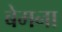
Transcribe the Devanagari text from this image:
बेमना